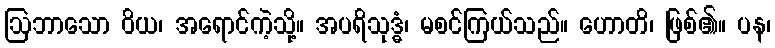
ဩဘာသော ဝိယ၊ အရောင်ကဲ့သို့။ အပရိသုဒ္ဓံ၊ မစင်ကြယ်သည်။ ဟောတိ၊ ဖြစ်၏။ ပန၊